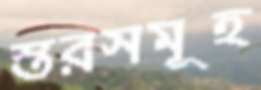
স্তরসমূহ